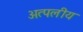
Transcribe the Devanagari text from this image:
अत्पलीय